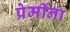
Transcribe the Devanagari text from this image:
प्रेमींना